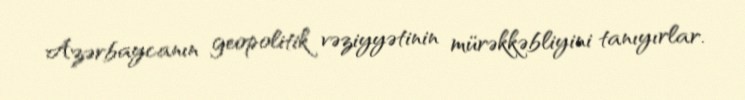
Azərbaycanın geopolitik vəziyyətinin mürəkkəbliyini tanıyırlar.